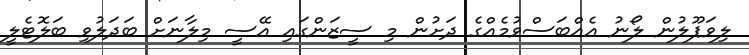
ލިވަޕޫލުން ލޯނު އެއްބަސްވުމެއްގެ ދަށުން މި ސީޒަންގައި އޭސީ މިލާނަށް ބަދަލުވި ބަލޮޓެލީ